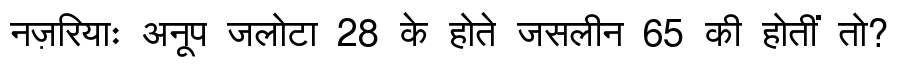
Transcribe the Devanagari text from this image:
नज़रियाः अनूप जलोटा 28 के होते जसलीन 65 की होतीं तो?